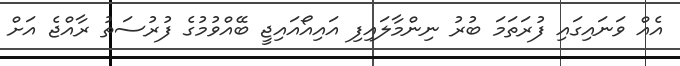
އެއް ވަނައިގައި ފުރަތަމަ ބުރު ނިންމާލައިފި އައިއޯއައިޖީ ބޭއްވުމުގެ ފުރުސަތު ރާއްޖެ އަށް